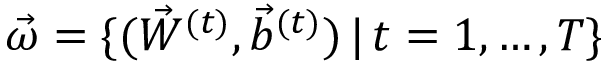
\vec { \omega } = \{ ( \vec { W } ^ { ( t ) } , \vec { b } ^ { ( t ) } ) \, | \, t = 1 , \dots , T \}